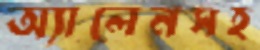
অ্যালেনসহ